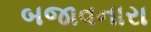
બજાવનારા